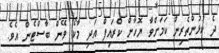
ދެ ކުޅުންތެރިން ކަމަށްވާ ޔޮހާން ކްރައިފް އަދި މާކޯ ވޭން ބާސްޓެން އެވެ.